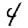
Digit: 4